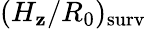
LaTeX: (H_{\mathbf{z}}/R_{0})_{\mathrm{{surv}}}